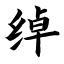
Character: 绰